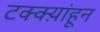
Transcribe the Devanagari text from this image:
टक्क्य़ांहून